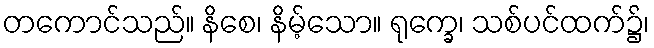
တကောင်သည်။ နိစေ၊ နိမ့်သော။ ရုက္ခေ၊ သစ်ပင်ထက်၌၊